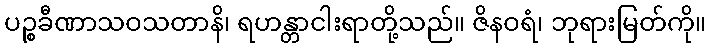
ပဉ္စခီဏာသဝသတာနိ၊ ရဟန္တာငါးရာတို့သည်။ ဇိနဝရံ၊ ဘုရားမြတ်ကို။